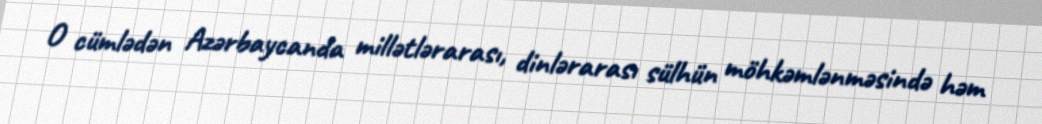
O cümlədən Azərbaycanda millətlərarası, dinlərarası sülhün möhkəmlənməsində həm